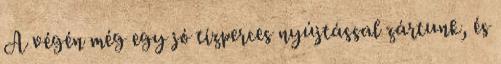
A végén még egy jó tízperces nyújtással zártunk, és